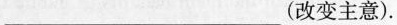
___ ( 改变主意).